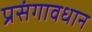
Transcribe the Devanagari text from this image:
प्रसंगावधान